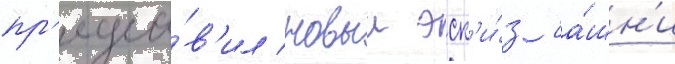
пр'едста́в'ил новыи эск'и́з ба́шн'и